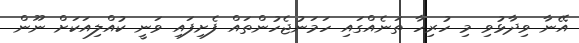
އޭނާ ވިދާޅުވި މި ހުރިހާ ތަނެއްގައި ހަމަނުޖެހުންތައް ފެށިފައި ވަނީ ކުއްލިއަކަށް ނޫން